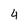
Character: 4